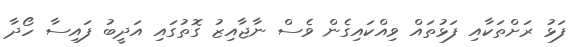
ފަޅު ރަށްތަކާއި ފަޅުތައް ވިއްކައިގެން ވެސް ނާޖާއިޒު ގޮތުގައި އަދީބު ފައިސާ ހޯދާ